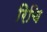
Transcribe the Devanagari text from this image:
रिचि